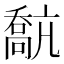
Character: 𡁗